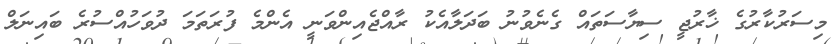
މިސަރުކާރުގެ ޚާރުޖީ ސިޔާސަތައް ގެނެވުނު ބަދަލާއެކު ރާއްޖެއިންވަނީ އެންމެ ފުރަތަމަ ދުވަހުއްސުރެ ބައިނަލް